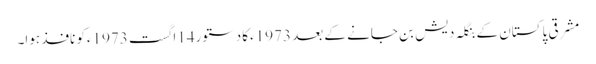
مشرقی پاکستان کے بنگلہ دیش بن جانے کے بعد 1973ءکا دستور14اگست 1973ءکو نافذ ہوا۔